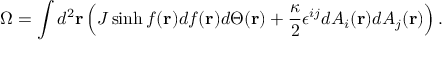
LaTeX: \Omega = \int d ^ { 2 } { \bf r } \left( J \sinh f ( { \bf r } ) d f ( { \bf r } ) d \Theta ( { \bf r } ) + \frac { \kappa } { 2 } \epsilon ^ { i j } d A _ { i } ( { \bf r } ) d A _ { j } ( { \bf r } ) \right) .